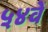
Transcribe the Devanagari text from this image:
५४वें